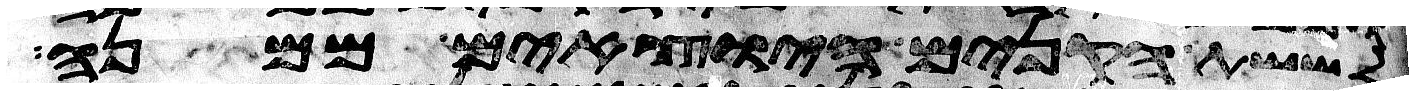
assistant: לששת הקנים היצאים ממנה